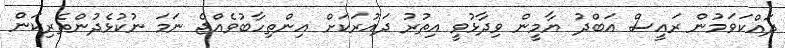
ދައްކަވަމުން ރައީސް އަބްދު ޔާމީން ވިދާޅުވީ އިތުރު ދައުރަކަށް އިންތިހާބުވެއްޖެ ނަމަ ނުކުޅެދުންތެރިކަން